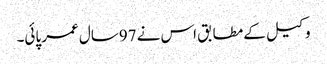
وکیل کے مطابق اس نے 97سال عمر پائی۔